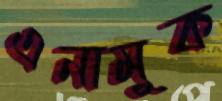
এনামুক